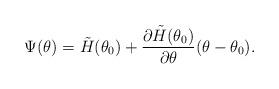
LaTeX: \begin{align*}\Psi(\theta) & =\tilde{H}(\theta_{0}) + \frac{\partial \tilde{H}(\theta_{0})}{\partial \theta}(\theta - \theta_{0}).\end{align*}